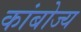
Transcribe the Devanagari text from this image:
कांबोज्य